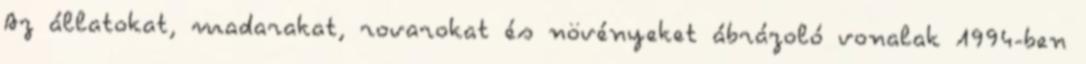
Az állatokat, madarakat, rovarokat és növényeket ábrázoló vonalak 1994-ben